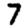
Digit: 7